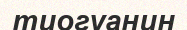
тиогуанин